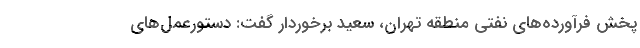
پخش فرآورده‌های نفتی منطقه تهران، سعید برخوردار گفت: دستورعمل‌های